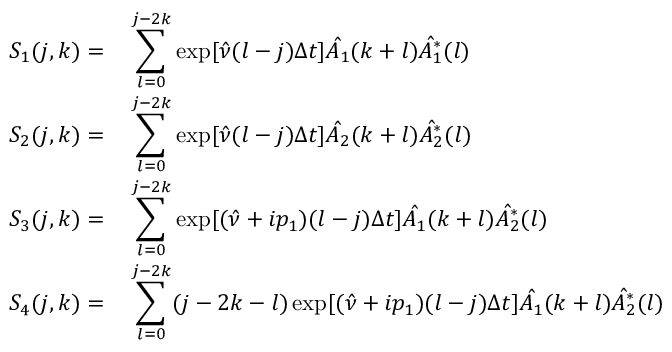
\begin{array} { r l } { S _ { 1 } ( j , k ) = } & { { } \displaystyle \sum _ { l = 0 } ^ { j - 2 k } \exp [ \hat { \nu } ( l - j ) \Delta t ] \hat { A _ { 1 } } ( k + l ) \hat { A _ { 1 } ^ { * } } ( l ) } \\ { S _ { 2 } ( j , k ) = } & { { } \displaystyle \sum _ { l = 0 } ^ { j - 2 k } \exp [ \hat { \nu } ( l - j ) \Delta t ] \hat { A _ { 2 } } ( k + l ) \hat { A _ { 2 } ^ { * } } ( l ) } \\ { S _ { 3 } ( j , k ) = } & { { } \displaystyle \sum _ { l = 0 } ^ { j - 2 k } \exp [ ( \hat { \nu } + i p _ { 1 } ) ( l - j ) \Delta t ] \hat { A _ { 1 } } ( k + l ) \hat { A _ { 2 } ^ { * } } ( l ) } \\ { S _ { 4 } ( j , k ) = } & { { } \displaystyle \sum _ { l = 0 } ^ { j - 2 k } ( j - 2 k - l ) \exp [ ( \hat { \nu } + i p _ { 1 } ) ( l - j ) \Delta t ] \hat { A _ { 1 } } ( k + l ) \hat { A _ { 2 } ^ { * } } ( l ) } \end{array}